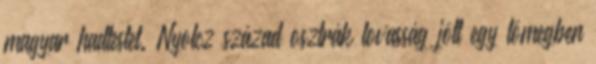
magyar hadtestet. Nyolcz század osztrák lovasság jött egy tömegben